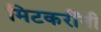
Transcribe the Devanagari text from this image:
मिटकरींनी